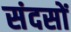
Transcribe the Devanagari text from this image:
संदसों